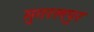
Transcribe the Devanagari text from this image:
मुगरलपुर